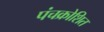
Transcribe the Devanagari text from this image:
पंचक्रोशित